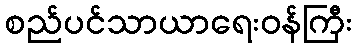
စည်ပင်သာယာရေးဝန်ကြီး